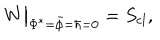
W \big | _ { \Phi ^ { * } = \bar { \phi } = \hbar = 0 } = S _ { \mathrm { c l } } ,